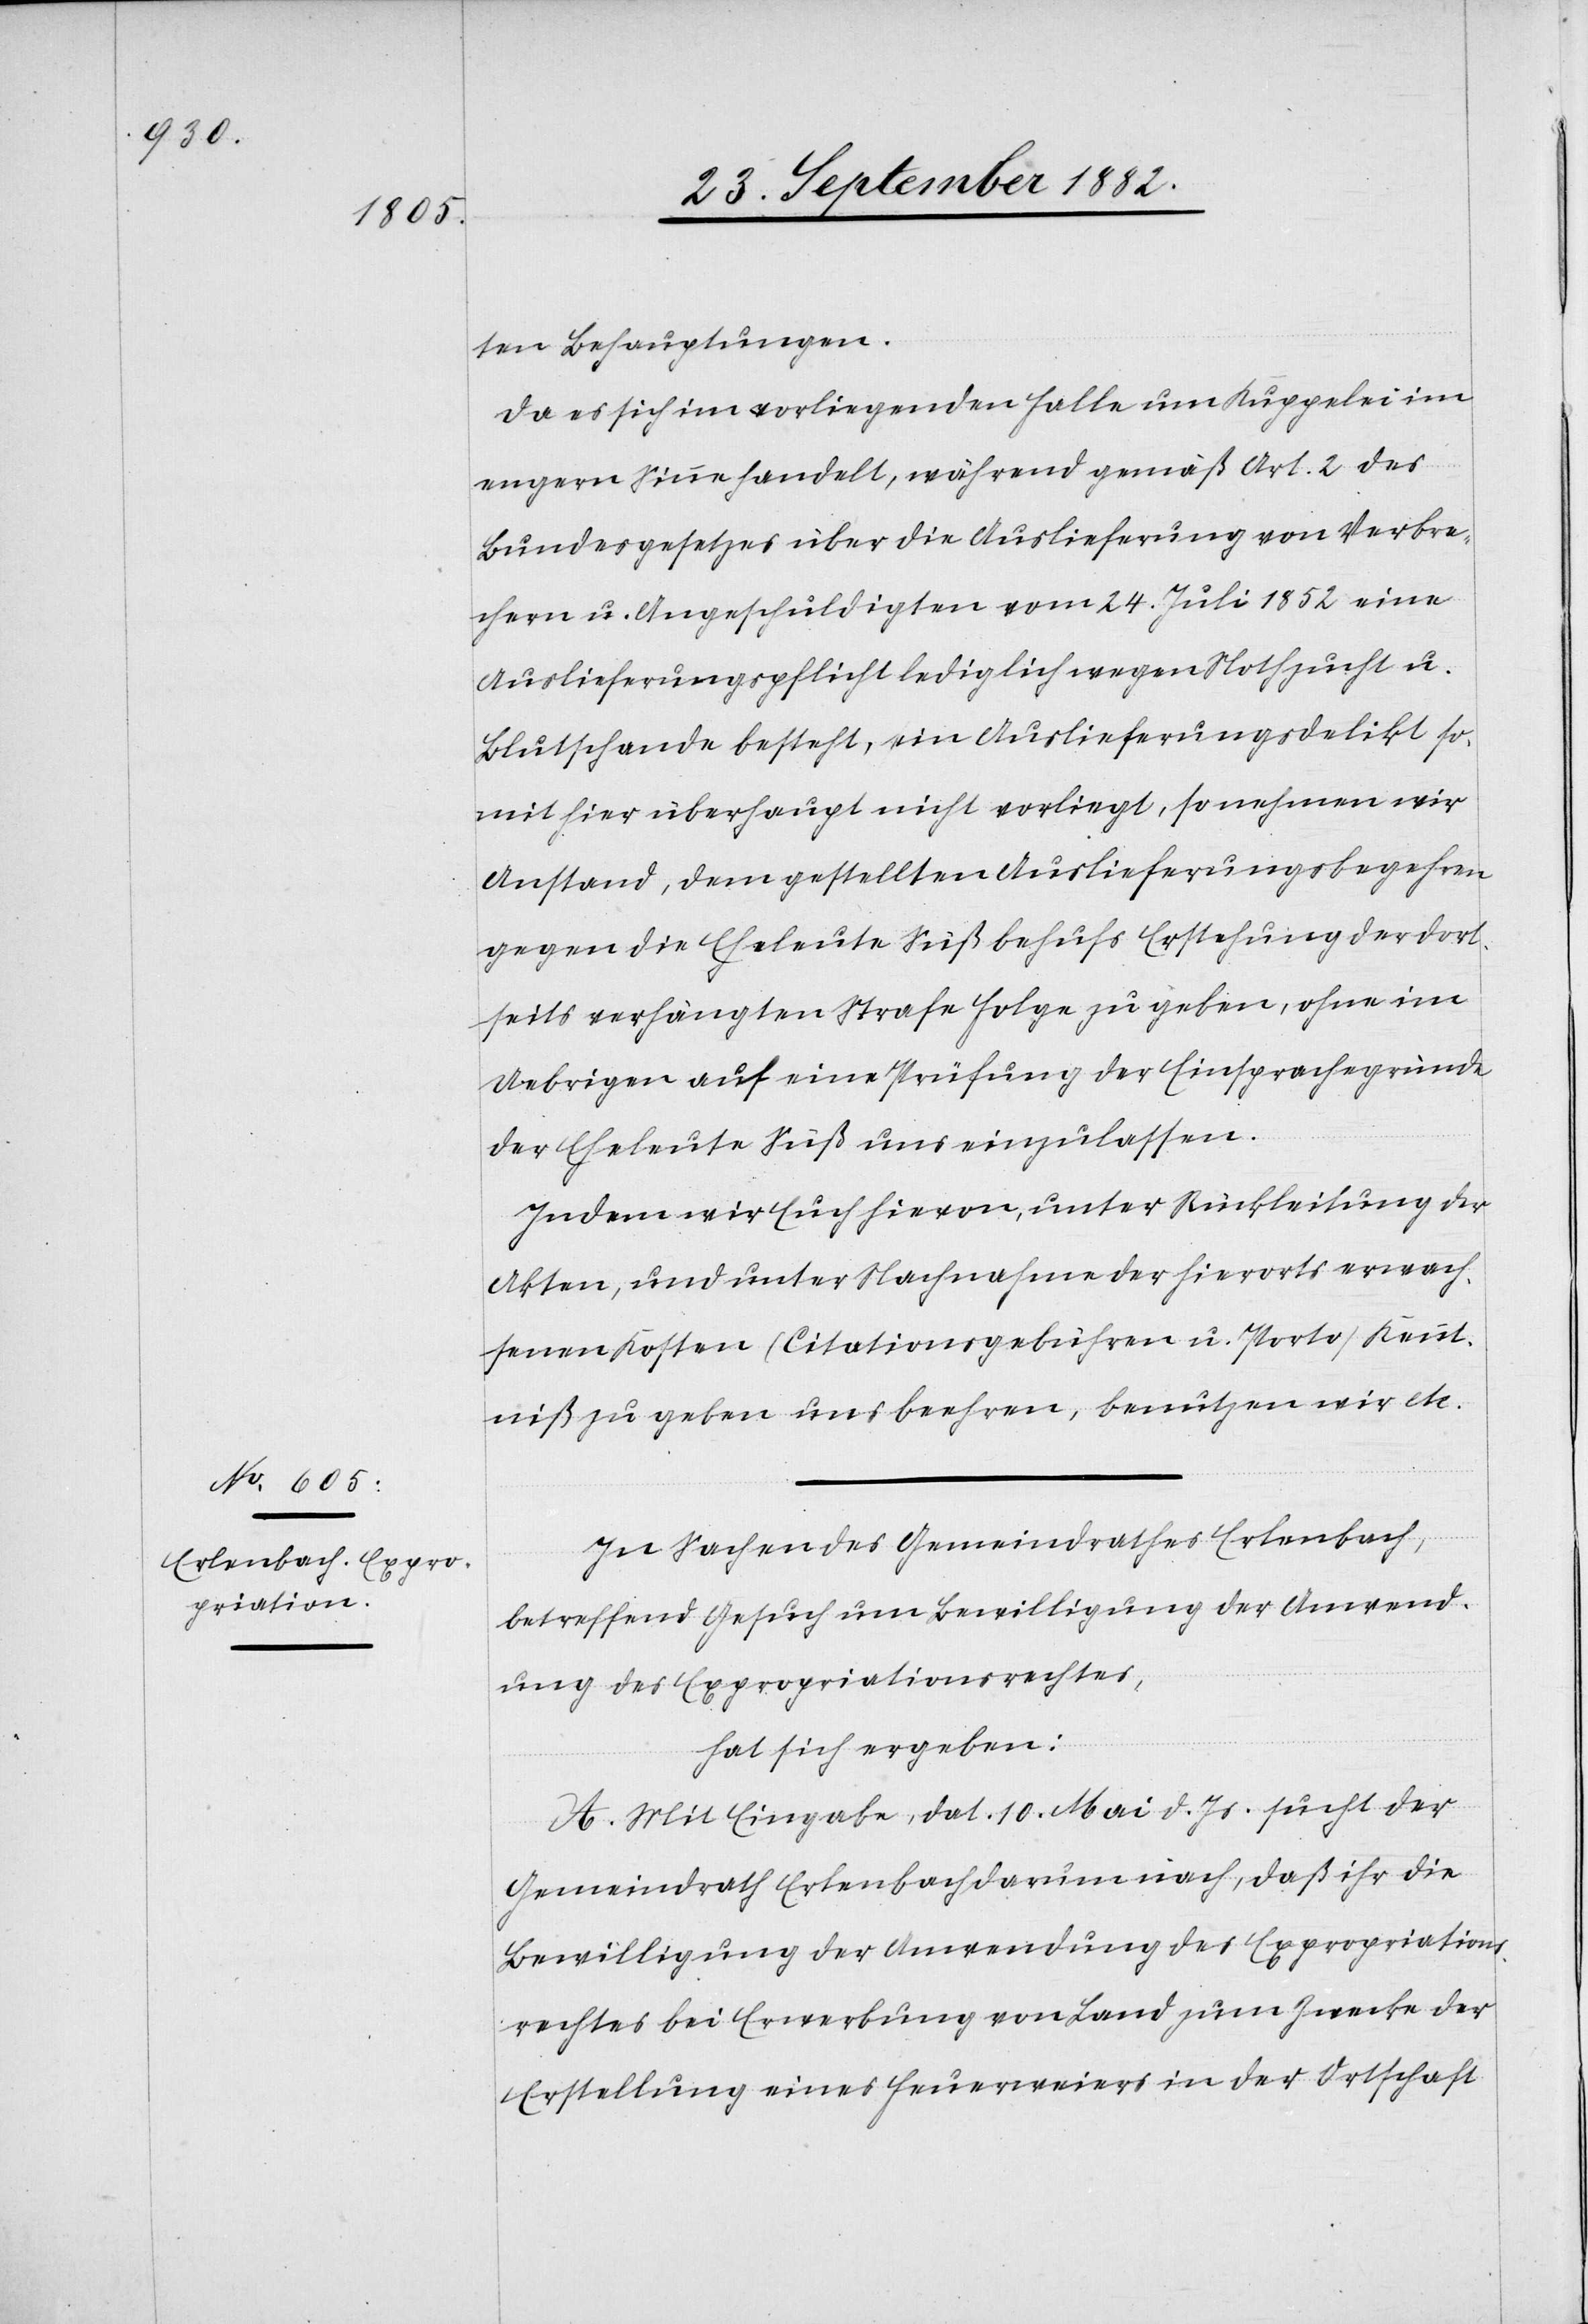
ten Behauptungen.
Da es sich im vorliegenden Falle um Kuppelei im
engern Sinne handelt, während gemäß Art. 2 des
Bundesgesetzes über die Auslieferung von Verbre¬
chern u. Angeschuldigten vom 24. Juli 1852 eine
Auslieferungspflicht lediglich wegen Nothzucht u.
Blutschande besteht, ein Auslieferungsdelikt so¬
mit hier überhaupt nicht vorliegt, so nehmen wir
Anstand, dem gestellten Auslieferungsbegehren
gegen die Eheleute Süß behufs Erstehung der dort¬
seits verhängten Strafe Folge zu gebe, ohne im
Uebrigen auf eine Prüfung der Einsprachegründe
der Eheleute Süß uns einzulassen.
In dem wir Euch hievon, unter Rückleitung der
Akten, und unter Nachnahme der hierorts erwach¬
senen Kosten (Citationsgebühren u. Porto) Kennt¬
niß zu geben uns beehren, benutzen wir etc.“
In Sachen des Gemeindrathes Erlenbach,
betreffend Gesuch um Bewilligung der Anwend¬
ung des Expropriationsrechtes,
hat sich ergeben:
A. Mit Eingabe, dat. 10. Mai d. Js. sucht der
Gemeindrath Erlenbach darum nach, daß ihr [sic!]
Bewilligung der Anwendung des Expropriations¬
rechtes bei Erwerbung von Land zum Zwecke der
Erstellung eines Feuerweiers in der Ortschaft